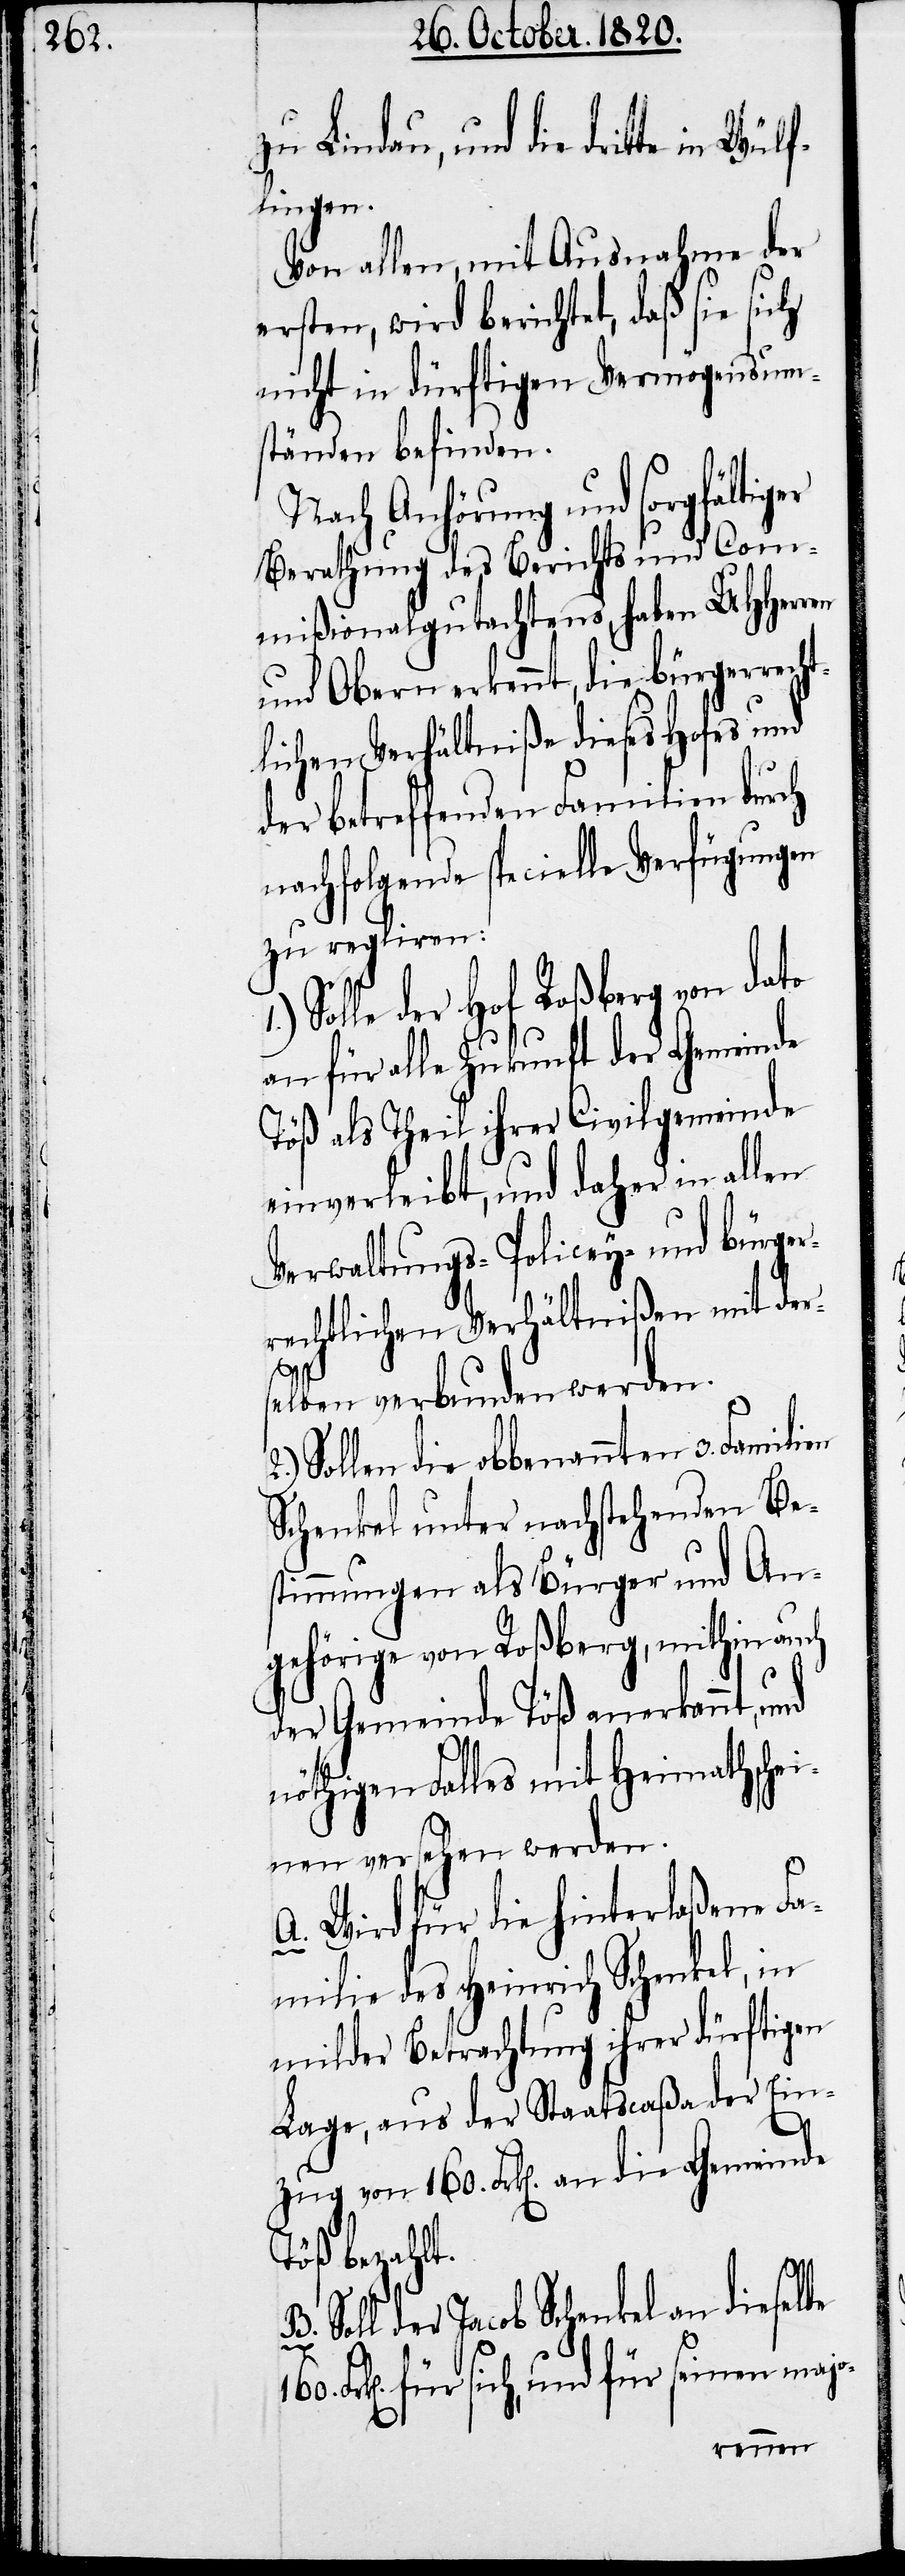
zu Lindau, und die dritte
lingen.
Von allen, mit Ausnahme der
ersten, wird berichtet, daß sie sich
nicht in dürftigen Vermögensum¬
ständen befinden.
Nach Anhörung und sorgfältiger
Berathung des Berichts und Co¬
mißionalgutachtens, haben UHHerren
und Obern erkennt, die Bürgerrecht¬
lichen Verhältniße dieses Hofes und
der betreffenden Familien durch
nachfolgende specielle Verfügungen
zu regliren:
Solle der Hof Roßberg von dato
an für alle Zukunft der Gemeinde
Töß als Theil ihrer Civilgemeinde
einverleibt, und daher in allen
Verwaltungs-Policey- und bürger¬
rechtlichen Verhältnißen mit der¬
selben verbunden werden.
Sollen die obbenannten 3. Familien
Schenkel unter nachstehenden Be¬
stimmungen als Bürger und An¬
gehörige von Roßberg, mithin auch
der Gemeinde Töß anerkannt,
nöthigen Falles mit Heimathschei¬
nen versehen werden.
A. Wird für die hinterlaßene Fa¬
milie des Heinrich Schenkel, in
milder Betrachtung ihrer dürftigen
Lage, aus der Staatscaßa der Ein¬
zug von 160. Frk[en]. an die Gemeinde
Töß bezahlt.
Soll der Jacob Schenkel an dieselbe
Frk[en]. für sich, und für seinen majo-